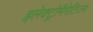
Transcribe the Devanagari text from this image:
इलेक्ट्रोमैगेटिज्म